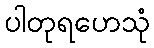
ပါတုရဟေသုံ